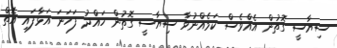
ސިޔާސީ ގޮތުން އެއްވެސް ކަމެއްނުވާ ސިޔާސީ ގޮތުން ހައްދު ފަހަނަ އަޅާފައި އޮތް